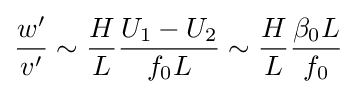
{\begin{aligned}{\frac {w'}{v'}}\sim {\frac {H}{L}}{\frac {U_{1}-U_{2}}{f_{0}L}}\sim {\frac {H}{L}}{\frac {\beta _{0}L}{f_{0}}}\end{aligned}}